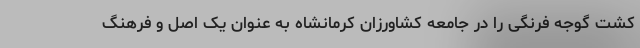
کشت گوجه فرنگی را در جامعه کشاورزان کرمانشاه به عنوان یک اصل و فرهنگ